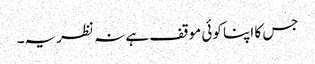
جس کا اپنا کوئی موقف ہے نہ نظریہ۔